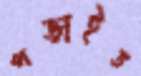
পড়াইত